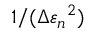
1 / ( \Delta { \varepsilon _ { n } } ^ { 2 } )